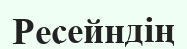
Ресейндің